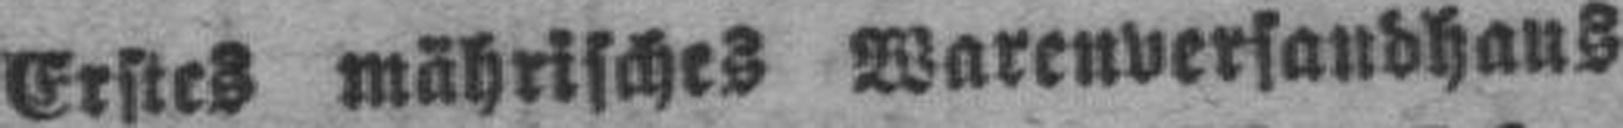
Erstes mährisches Warenversandhaus